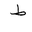
Letter: _da